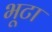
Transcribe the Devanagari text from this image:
भूटा